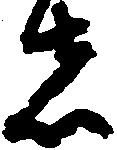
者